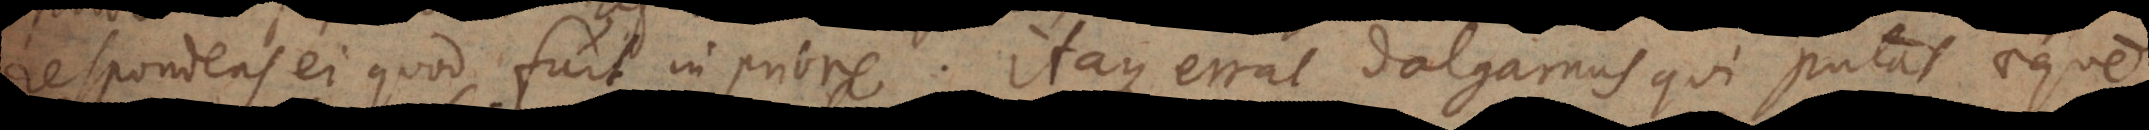
respondens ei quod fuit in priore. Itaque errat Dalgarnus qui putat aeque